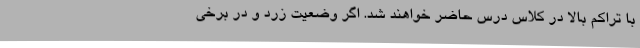
با تراکم بالا در کلاس درس حاضر خواهند شد. اگر وضعیت زرد و در برخی